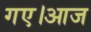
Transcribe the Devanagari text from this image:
गए।आज